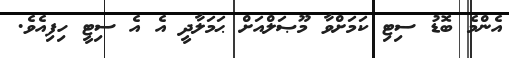
އެންމެ ބޮޑު ސިޓި ކަމަށްވާ މޫޞަލްއަށް ޙަމަލާދީ އެ އެ ސިޓީ ހިފިއެވެ.